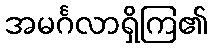
အမင်္ဂလာရှိကြ၏